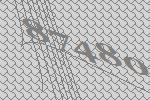
87480